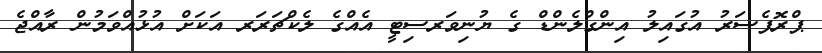
ޕްރޮފެސަރު އުގައިލު އިންގްލެންޑް ގެ ޔުނިވަރސިޓީ އެއްގެ ލެކްޗަރަރ އަކަށް އުޅުއްވަމުން ރާއްޖެ